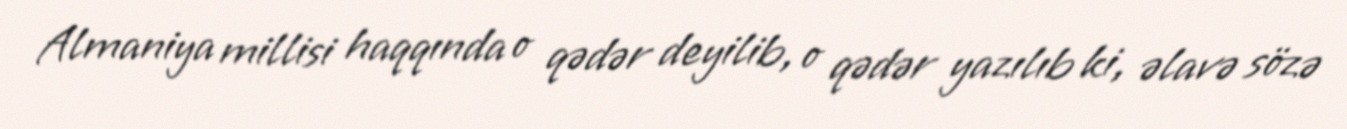
Almaniya millisi haqqında o qədər deyilib, o qədər yazılıb ki, əlavə sözə